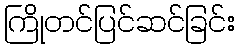
ကြိုတင်ပြင်ဆင်ခြင်း